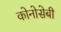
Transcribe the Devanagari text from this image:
कोनोसेबी